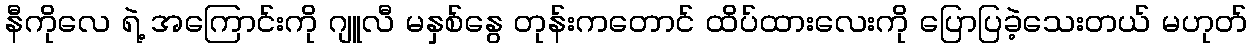
နီကိုလေ ရဲ့ အကြောင်းကို ဂျူလီ မနှစ်နွေ တုန်းကတောင် ထိပ်ထားလေးကို ပြောပြခဲ့သေးတယ် မဟုတ်